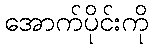
အောက်ပိုင်းကို